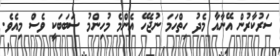
ސަރުކާރުން އޭނާއާ މެދު ހިތްހަމަ ނުޖެހޭ އެންމެ މުހިންމު ސަބަބަކީ ވެސް މިއެވެ.